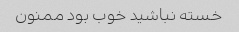
خسته نباشید خوب بود ممنون